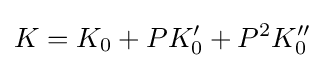
K=K_{0}+PK_{0}'+P^{2}K_{0}''